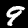
Digit: 9